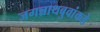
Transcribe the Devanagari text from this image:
जगन्नाथबुवांकडे